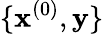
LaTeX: \{ \mathbf{x}^{(0)},\mathbf{y}\}